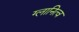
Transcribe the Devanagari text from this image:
ग्लानित्व